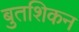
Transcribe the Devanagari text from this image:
बुतशिकन